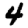
Digit: 4